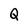
Character: Q